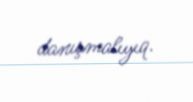
danışmalıyıq.